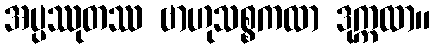
အပ္ပဿုတဿ ဗာဟုသစ္စကထာ ဒုက္ကထာ။